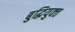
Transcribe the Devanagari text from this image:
बुद्धियुक्‍त